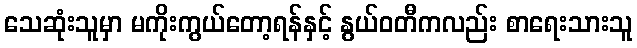
သေဆုံးသူမှာ မကိုးကွယ်တော့ရန်နှင့် နွယ်ဝတီကလည်း စာရေးသားသူ